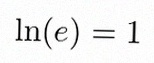
\ln(e)=1